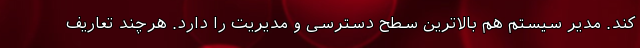
کند. مدیر سیستم هم بالاترین سطح دسترسی و مدیریت را دارد. هرچند تعاریف